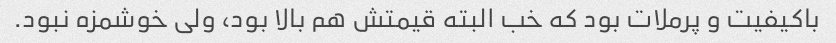
باکیفیت و پرملات بود که خب البته قیمتش هم بالا بود، ولی خوشمزه نبود.